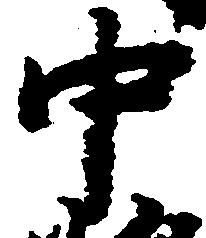
中